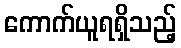
ကောက်ယူရရှိသည့်